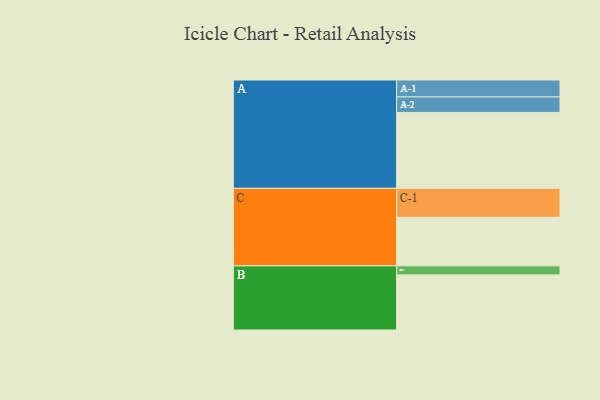
{"axis": {"x": "Segment", "y": "Value"}, "legend": ["", "A", "B", "C"], "data": [{"x": "A", "y": 529, "type": ""}, {"x": "B", "y": 384, "type": ""}, {"x": "C", "y": 338, "type": ""}, {"x": "A-1", "y": 118, "type": "A"}, {"x": "A-2", "y": 108, "type": "A"}, {"x": "B-1", "y": 63, "type": "B"}, {"x": "C-1", "y": 202, "type": "C"}]}